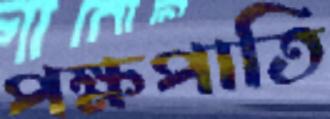
পক্ষপাতি